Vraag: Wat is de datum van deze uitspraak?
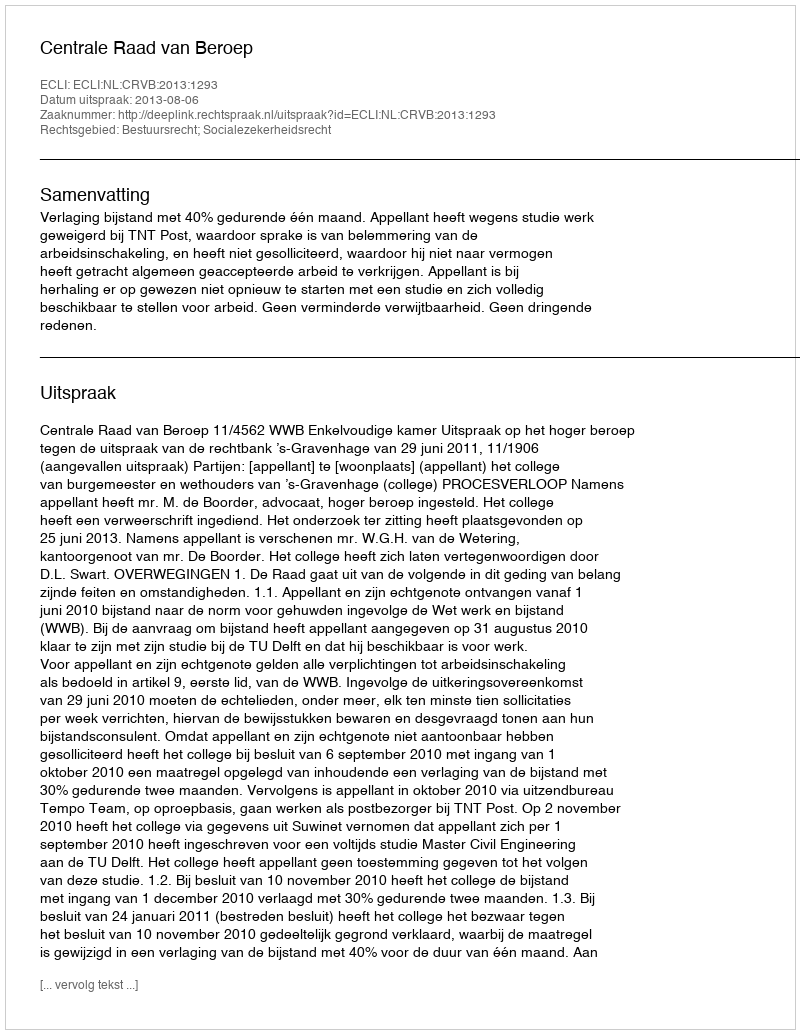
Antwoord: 2013-08-06